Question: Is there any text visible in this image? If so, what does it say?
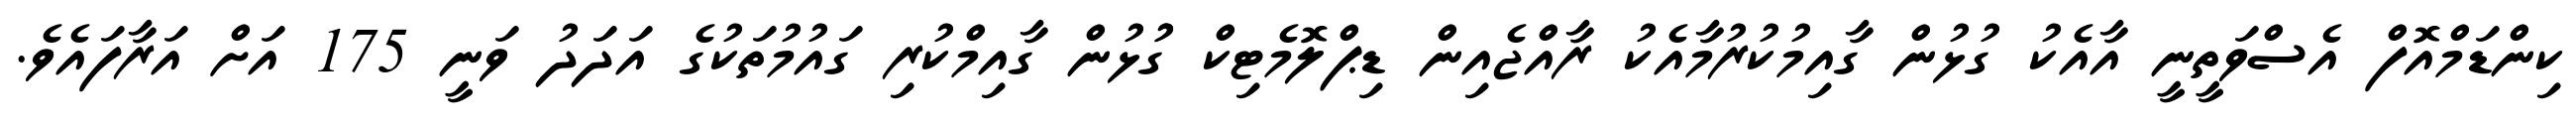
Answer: ކިންޑަމްއޮފް އެސްވަތީނީ އާއެކު ގުޅުން ގާއިމުކުރުމާއެކު ރާއްޖެއިން ޑިޕްލޮމެޓިކް ގުުޅުން ގާއިމްކުރި ގައުމުތަކުގެ އަދަދު ވަނީ 175 އަށް އަރާފައެވެ.